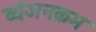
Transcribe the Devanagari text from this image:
व्यंजनक्रम